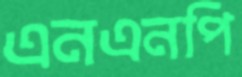
এনএনপি